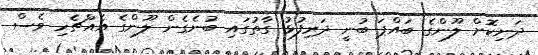
ދަނިކޮށް ލޫންގެ ބައްޕަ ބުނީ ދަރިފުޅު ގާތުގައި ބުނެގެން ލޫންގެ އެއްޗެހި ވެސް